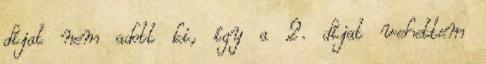
díjat nem adott ki, így a 2. díjat vehettem